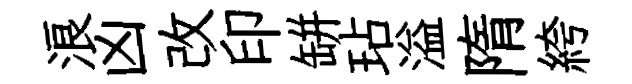
浪凶改印缾玷溢隋絝